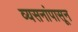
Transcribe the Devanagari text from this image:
व्यसनांपासून